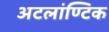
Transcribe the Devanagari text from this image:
अटलांण्टिक